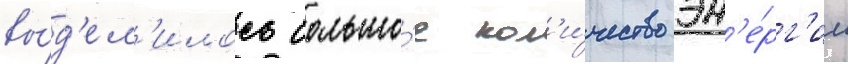
вы́д'ел'илось большо́е кол'и́чество эн'е́рг'ии